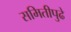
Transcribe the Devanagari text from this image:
समितीपुढे